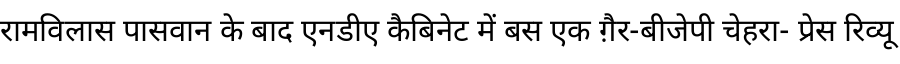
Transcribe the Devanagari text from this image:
रामविलास पासवान के बाद एनडीए कैबिनेट में बस एक ग़ैर-बीजेपी चेहरा- प्रेस रिव्यू